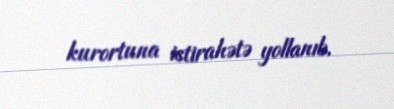
kurortuna istirahətə yollanıb.